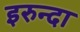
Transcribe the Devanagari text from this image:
इरुन्दा